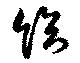
給